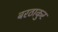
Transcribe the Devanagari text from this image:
बरठाकुर